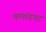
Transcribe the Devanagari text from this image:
कमांडचा